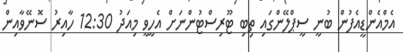
އެމްއެންޑީއެފުން ބުނީ ސީޕްލޭންގައި ތިބި ޓޫރިސްޓުންނަށް އެހީވީ މިއަދު 12:30 ހާއިރު ސޮނޭވާއިން